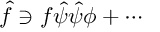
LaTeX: \hat { f } \ni f \hat { \psi } \hat { \psi } \phi + \cdots